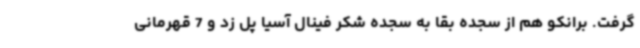
گرفت. برانکو هم از سجده بقا به سجده شکر فینال آسیا پل زد و 7 قهرمانی